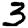
Digit: 3